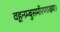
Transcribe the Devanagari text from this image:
वह़नम्‍बुसमीरणाख्‍या।